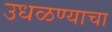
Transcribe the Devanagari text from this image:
उधळण्याचा